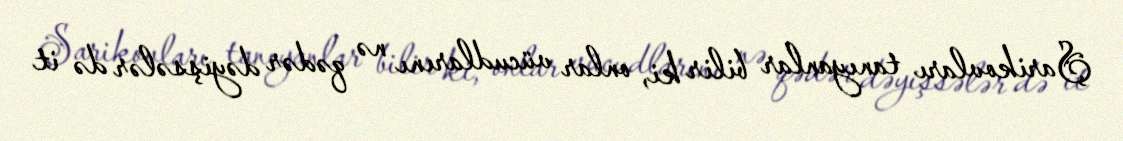
Şarikovları tanıyanlar bilir ki, onlar vücudlarını nə qədər dəyişsələr də it